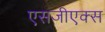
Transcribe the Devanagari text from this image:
एसजीएक्स